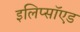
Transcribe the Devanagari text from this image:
इलिप्सॉएड